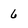
Character: 6